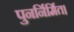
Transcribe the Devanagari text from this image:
पुनर्निर्मित।